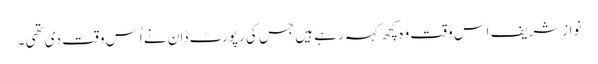
نوازشریف اس وقت وہ کچھ کہہ رہے ہیں جس کی رپورٹ ڈان نے اُس وقت دی تھی ۔